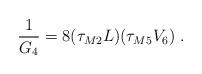
LaTeX: \begin{align*}\frac{1}{G_4}=8(\tau_{M2}L)(\tau_{M5}V_6) \; .\end{align*}